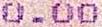
0.00